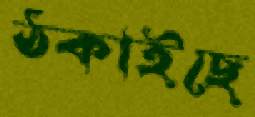
ঠকাইছে